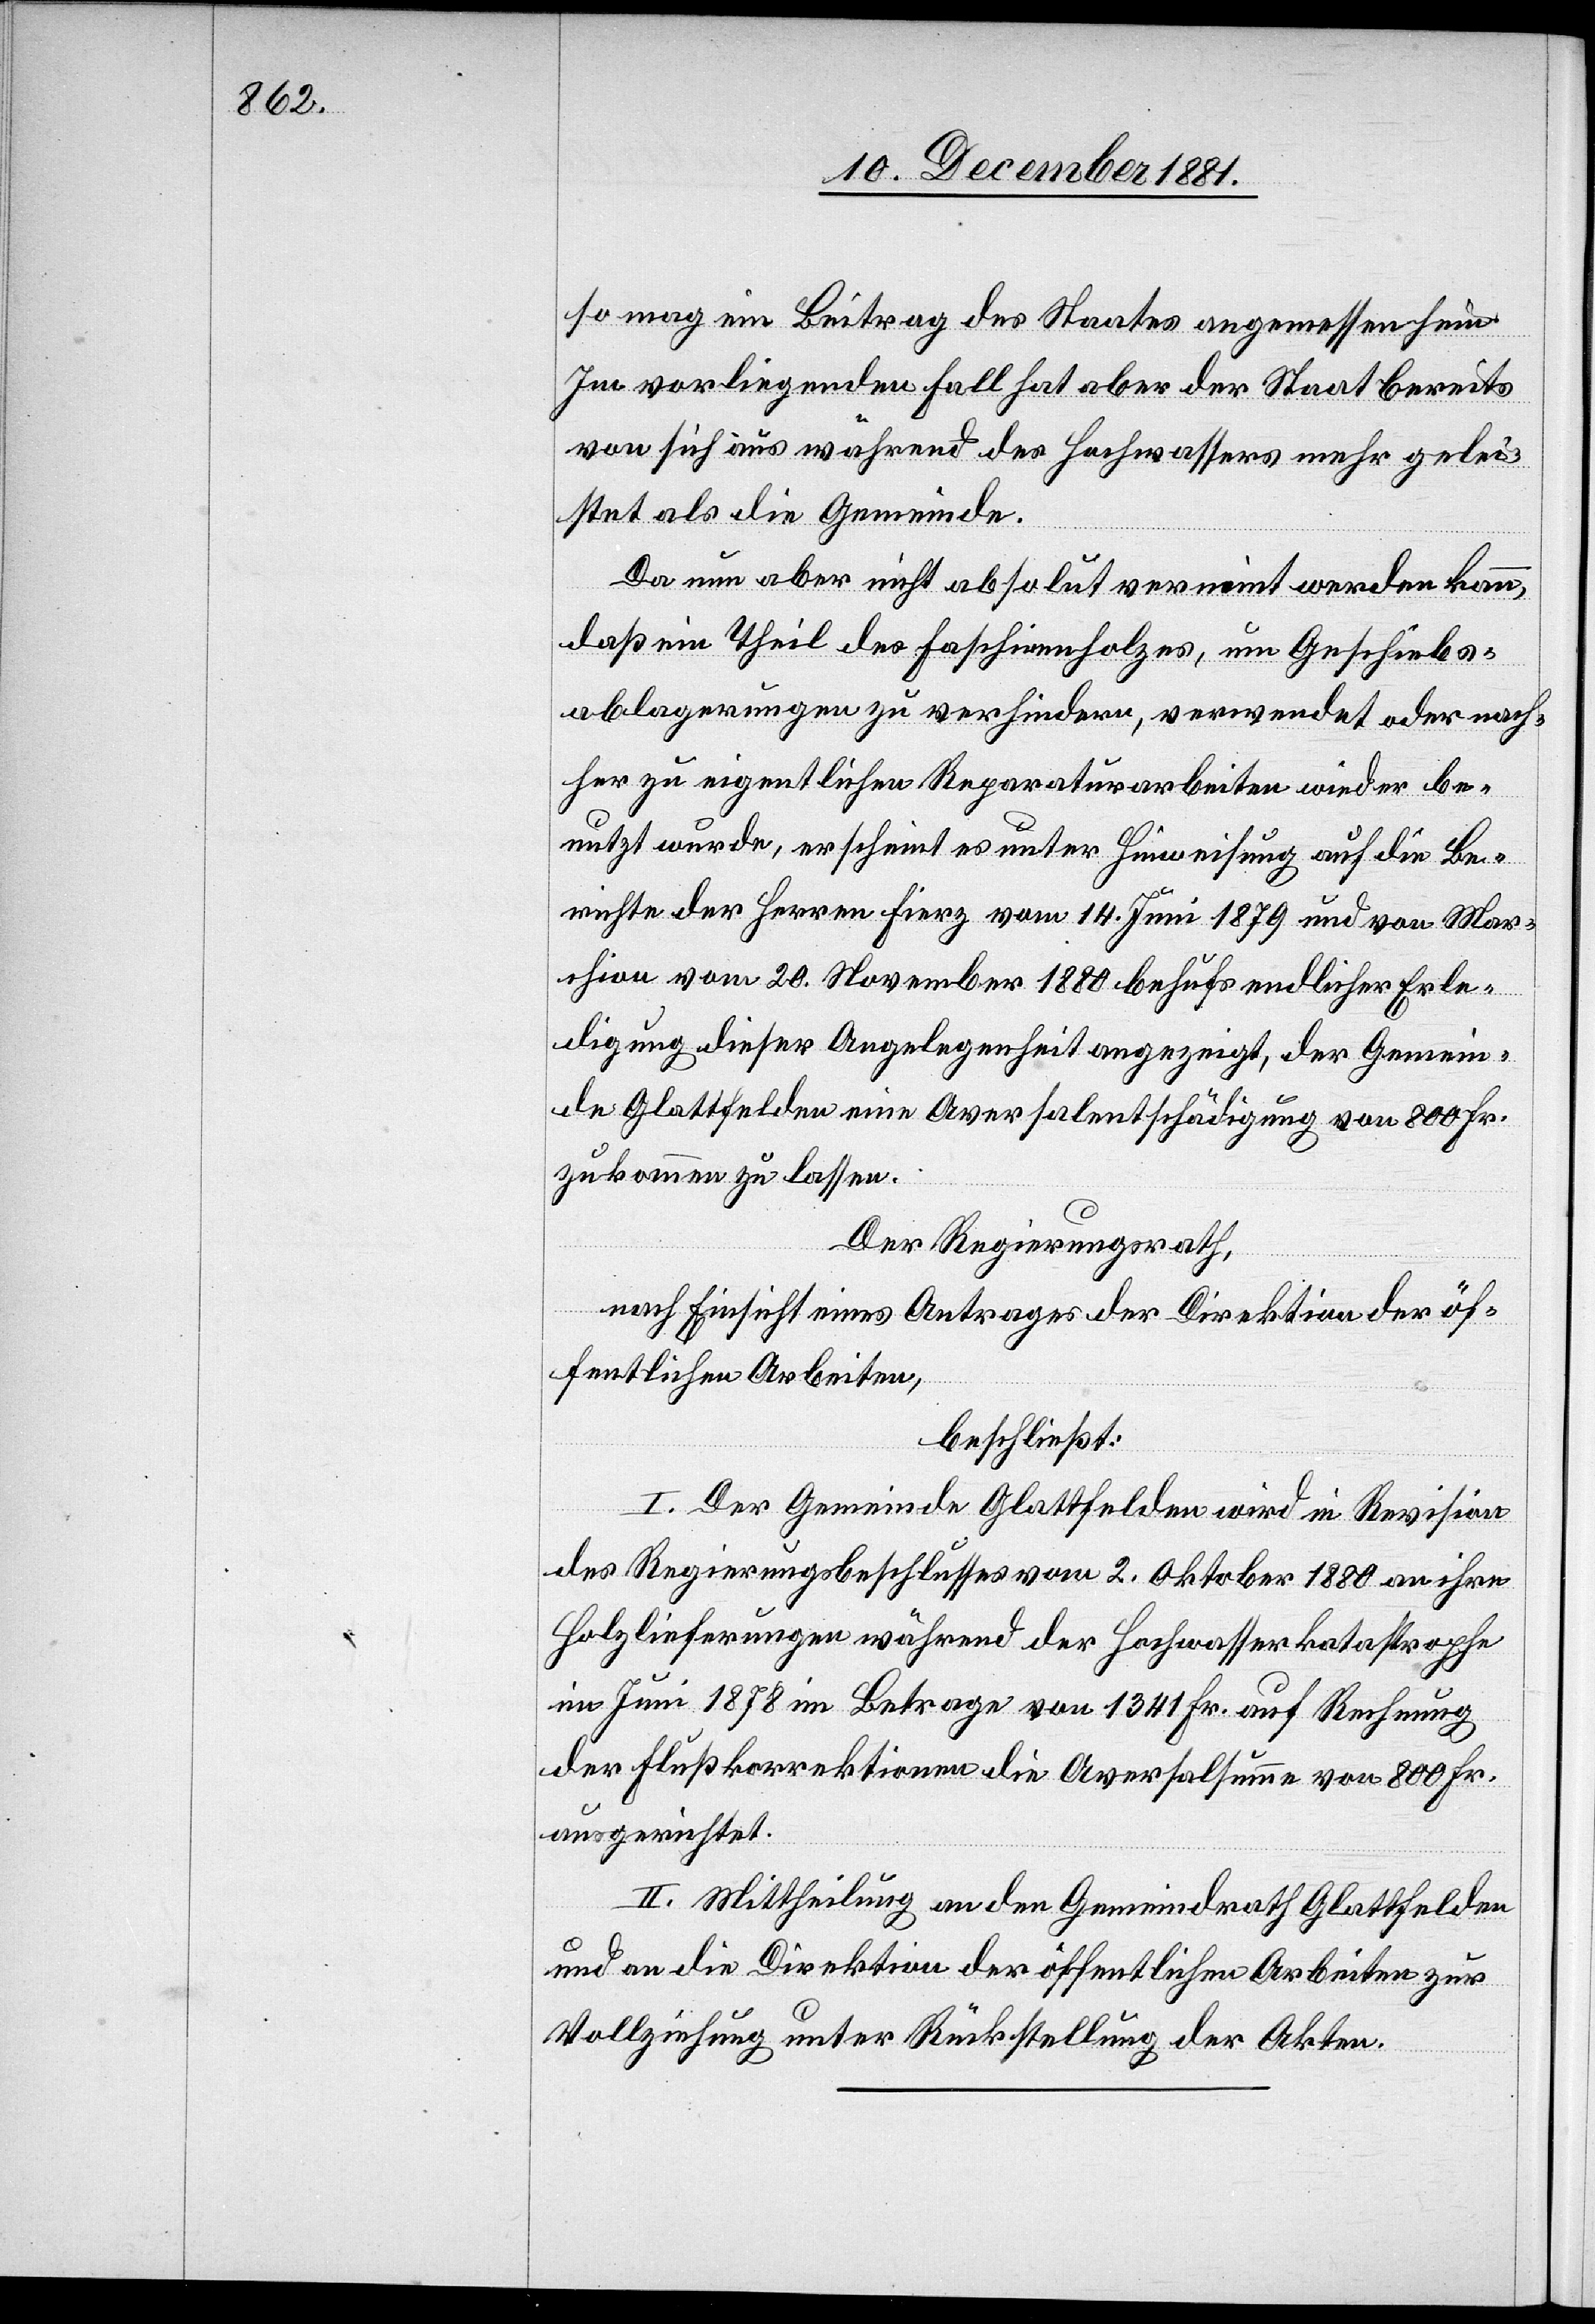
so mag ein Beitrag des Staates angemessen sein.
Im vorliegenden Fall hat aber der Staat bereits
von sich aus während des Hochwassers mehr gelei¬
stet als die Gemeinde.
Da nun aber nicht absolut verneint werden kann,
daß ein Theil des Faschinenholzes, um Geschiebs¬
ablagerungen zu verhindern, verwendet oder nach¬
her zu eigentlichen Reparaturarbeiten wieder be¬
nutzt wurde, erscheint es unter Hinweisung auf die Be¬
richte der Herren Fierz vom 14. Juni 1879 und von Mar¬
chion vom 20. November 1880 behufs endlicher Erle¬
digung dieser Angelegenheit angezeigt, der Gemein¬
de Glattfelden eine Aversalentschädigung von 800 Fr.
zukommen zu lassen.
Der Regierungsrath,
nach Einsicht eines Antrages der Direktion der öf¬
fentlichen Arbeiten,
beschließt:
I. der Gemeinde Glattfelden wird in Revision
des Regierungsbeschlusses vom 2. Oktober 1880 an ihre
Holzlieferungen während der Hochwasserkatastrophe
im Juni 1878 im Betrage von 1341 Fr. auf Rechnung
der Flußkorrektionen die Aversalsumme von 800 Fr.
ausgerichtet.
II. Mittheilung an den Gemeindrath Glattfelden
und an die Direktion der öffentlichen Arbeiten zur
Vollziehung unter Rückstellung der Akten.